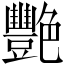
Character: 艷